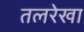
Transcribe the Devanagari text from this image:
तलरेखा